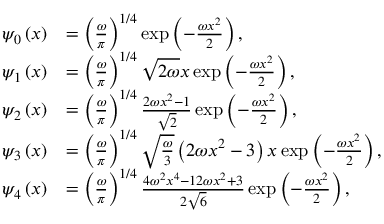
\begin{array} { r l } { \psi _ { 0 } \left( x \right) } & { = \left( \frac { \omega } { \pi } \right) ^ { 1 / 4 } \exp \left( - \frac { \omega x ^ { 2 } } { 2 } \right) , } \\ { \psi _ { 1 } \left( x \right) } & { = \left( \frac { \omega } { \pi } \right) ^ { 1 / 4 } \sqrt { 2 \omega } x \exp \left( - \frac { \omega x ^ { 2 } } { 2 } \right) , } \\ { \psi _ { 2 } \left( x \right) } & { = \left( \frac { \omega } { \pi } \right) ^ { 1 / 4 } \frac { 2 \omega x ^ { 2 } - 1 } { \sqrt { 2 } } \exp \left( - \frac { \omega x ^ { 2 } } { 2 } \right) , } \\ { \psi _ { 3 } \left( x \right) } & { = \left( \frac { \omega } { \pi } \right) ^ { 1 / 4 } \sqrt { \frac { \omega } { 3 } } \left( 2 \omega x ^ { 2 } - 3 \right) x \exp \left( - \frac { \omega x ^ { 2 } } { 2 } \right) , } \\ { \psi _ { 4 } \left( x \right) } & { = \left( \frac { \omega } { \pi } \right) ^ { 1 / 4 } \frac { 4 \omega ^ { 2 } x ^ { 4 } - 1 2 \omega x ^ { 2 } + 3 } { 2 \sqrt { 6 } } \exp \left( - \frac { \omega x ^ { 2 } } { 2 } \right) , } \end{array}